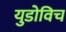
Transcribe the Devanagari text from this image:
युडोविच